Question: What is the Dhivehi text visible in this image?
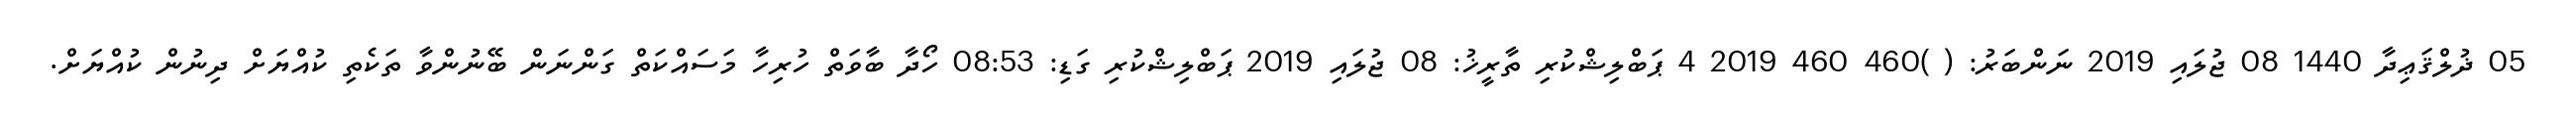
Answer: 05 ޛުލްޤަޢިދާ 1440 08 ޖުލައި 2019 ނަންބަރު: ( )460 460 2019 4 ޕަބްލިޝްކުރި ތާރީޚު: 08 ޖުލައި 2019 ޕަބްލިޝްކުރި ގަޑި: 08:53 ހޯދާ ބާވަތް ހުރިހާ މަސައްކަތް ގަންނަން ބޭނުންވާ ތަކެތި ކުއްޔަށް ދިނުން ކުއްޔަށް.